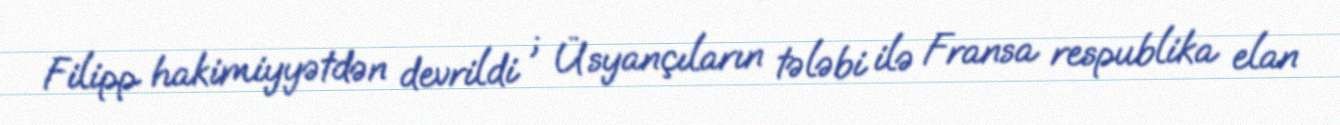
Filipp hakimiyyətdən devrildi ; Üsyançıların tələbi ilə Fransa respublika elan